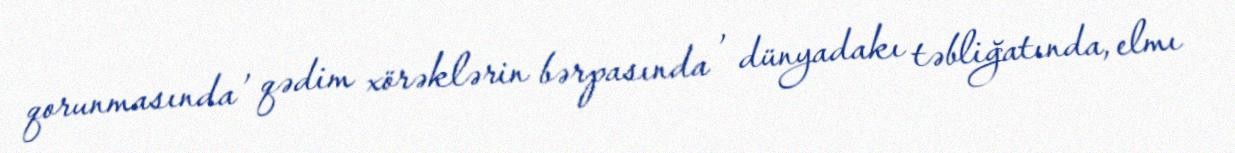
qorunmasında , qədim xörəklərin bərpasında , dünyadakı təbliğatında, elmı